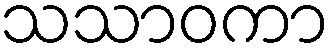
သသာဝကာ